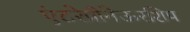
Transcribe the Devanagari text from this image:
एंटरेप्रीनेऊरशिप